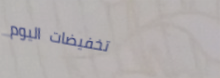
تخفيضات اليوم